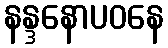
နန္ဒနောပဝနေ